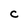
Character: c